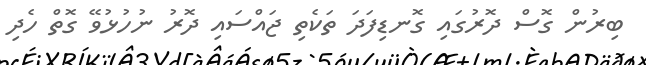
ބިރުން ގޮސް ދޮރުގައި ގޮނޑިފަދަ ތަކެތި ޖައްސައި ދޮރު ނުހުޅުވޭ ގޮތް ހެދި